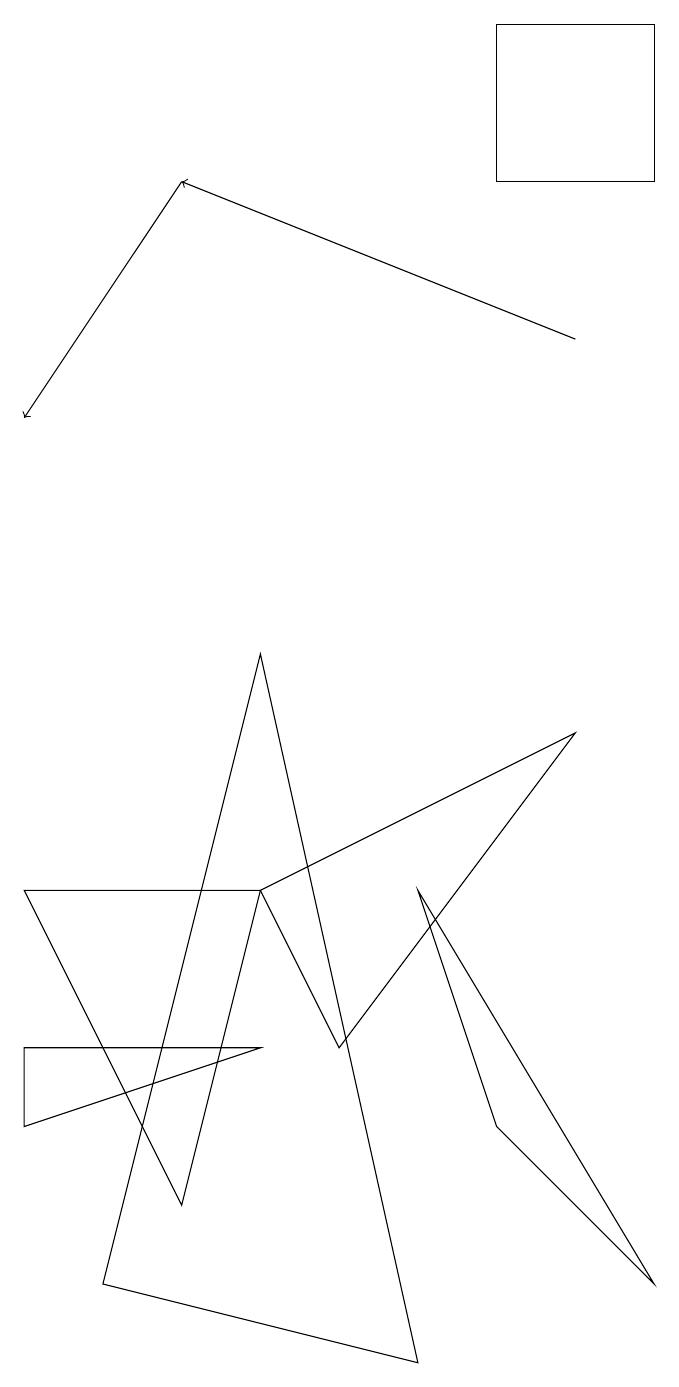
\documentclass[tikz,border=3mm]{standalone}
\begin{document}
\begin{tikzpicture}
\draw (2,2) -- (0,6) -- (3,6) -- cycle;
\draw (3,4) -- (0,3) -- (0,4) -- cycle;
\draw[->] (2,15) -- (0,12);
\draw (5,0) -- (1,1) -- (3,9) -- cycle;
\draw (5,6) -- (8,1) -- (6,3) -- cycle;
\draw (6,15) rectangle (8,17);
\draw (4,4) -- (7,8) -- (3,6) -- cycle;
\draw[->] (7,13) -- (2,15);
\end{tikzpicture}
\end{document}